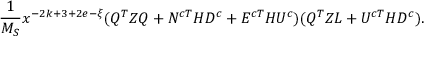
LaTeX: \frac { 1 } { M _ { S } } x ^ { - 2 k + 3 + 2 e - \xi } ( Q ^ { T } Z Q + N ^ { c T } H D ^ { c } + E ^ { c T } H U ^ { c } ) ( Q ^ { T } Z L + U ^ { c T } H D ^ { c } ) .